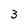
Character: 3